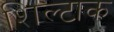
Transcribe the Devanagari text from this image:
शिल्टाक